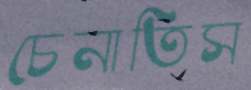
চেনাতিস